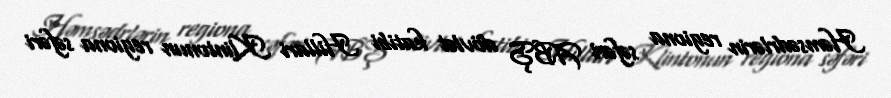
Həmsədrlərin regiona səfəri ABŞ dövlət katibi Hillari Klintonun regiona səfəri